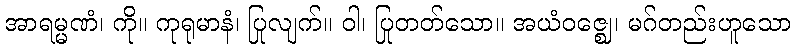
အာရမ္မဏံ၊ ကို။ ကုရုမာနံ၊ ပြုလျက်။ ဝါ၊ ပြုတတ်သော။ အယံဝဇ္ဈေ၊ မဂ်တည်းဟူသော